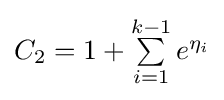
{\textstyle C_{2}=1+\sum \limits _{i=1}^{k-1}e^{\eta _{i}}}